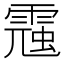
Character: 𩄁